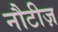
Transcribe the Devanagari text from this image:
नौटीज़